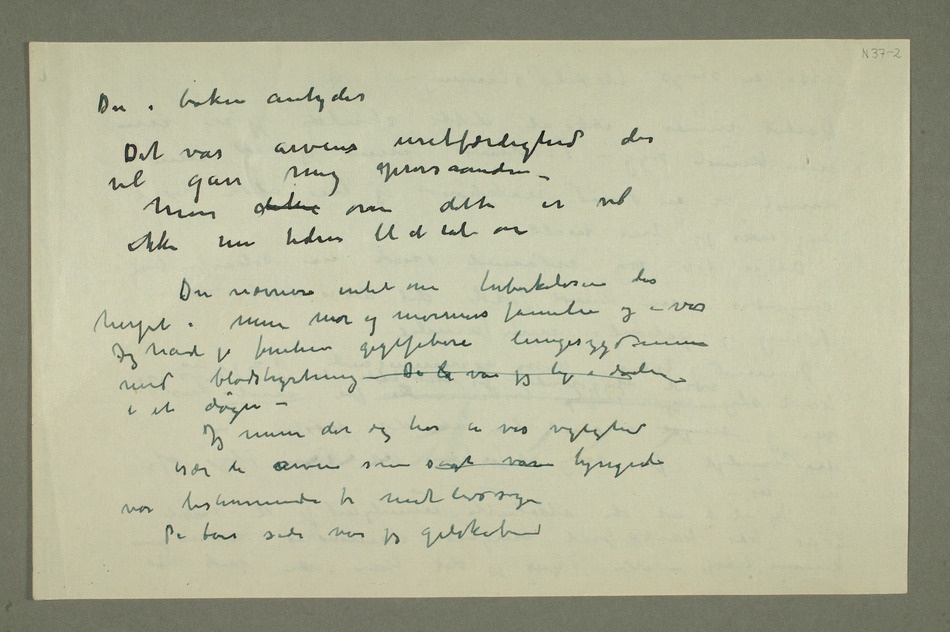
Du i boken antyder
Det var arvens uretfærdighed der
vel gav mig oprørsaanden –
ikke nu tiden til at tale om
Du nævner intet om tuberkulosen der
Jeg havde jo  gigtfebere lungesygdomme
i et døgn
– Jeg mener det dog har en vis vigtighed
De tar side når jeg galskab